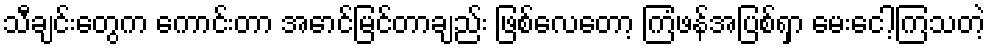
သီချင်းတွေက ကောင်းတာ အောင်မြင်တာချည်း ဖြစ်လေတော့ ကြံဖန်အပြစ်ရှာ မေးငေါ့ကြသတဲ့